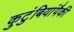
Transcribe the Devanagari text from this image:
कुटुंबियांपैकी